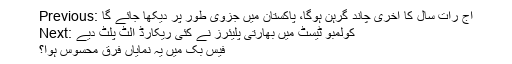
Previous: آج رات سال کا آخری چاند گرہن ہوگا، پاکستان میں جزوی طور پر دیکھا جائے گا
Next: کولمبو ٹیسٹ میں بھارتی پلیئرز نے کئی ریکارڈ الٹ پلٹ دیے
فیس بک میں یہ نمایاں فرق محسوس ہوا؟